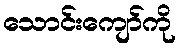
သောင်းကျော်ကို